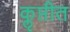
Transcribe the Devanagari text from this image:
कॢप्तीत